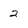
Character: 2